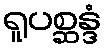
ရူပစ္ဆန္ဒံ